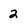
Character: 2